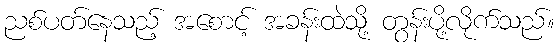
ညစ်ပတ်နေသည့် အစောင့် အခန်းထဲသို့ တွန်းပို့လိုက်သည်။